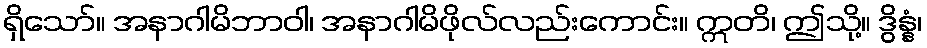
ရှိသော်။ အနာဂါမိဘာဝါ၊ အနာဂါမိဖိုလ်လည်းကောင်း။ ဣတိ၊ ဤသို့။ ဒွိန္နံ၊